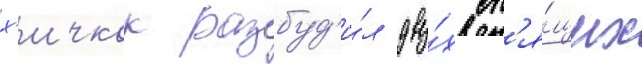
х'ичкок разбуд'и́л дву́х сп'я́щих